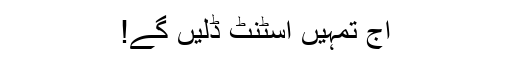
آج تمہیں اسٹنٹ ڈلیں گے!